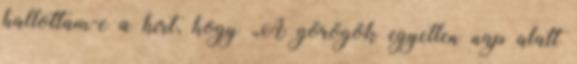
hallottam-e a hírt, hogy „A görögök egyetlen nap alatt